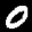
Label: 0